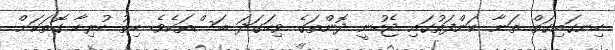
ހިނގައިގަތް ތަނާ ކަންފަތުގައި ޖެހުނީ ދޮންތަގެ ވިހަގަދަ ބަސްތަކެވެ. ހިތު ހުރިހާ ގޮތަކަށް